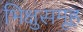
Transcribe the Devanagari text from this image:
भिक्षुसमूह